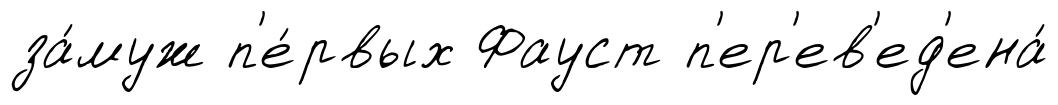
за́муж п'е́рвых Фауст п'ер'ев'ед'ена́